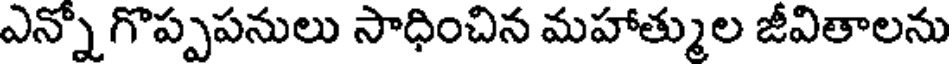
ఎన్నో గొప్పపనులు సాధించిన మహాత్ముల జీవితాలను